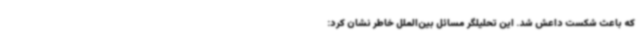
که باعث شکست داعش شد. این تحلیلگر مسائل بین‌الملل خاطر نشان کرد: